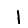
Digit: 1